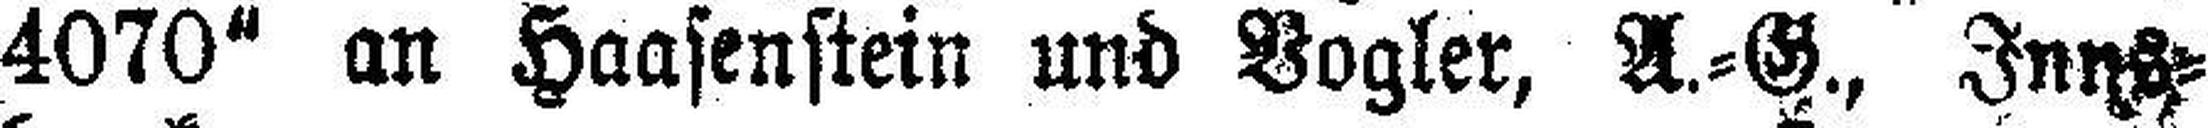
4070“ an Haasenstein und Vogler, A.=G., Inns¬